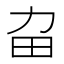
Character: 𤰛